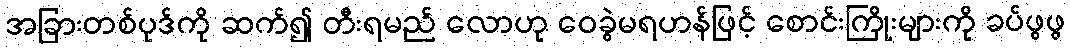
အခြားတစ်ပုဒ်ကို ဆက်၍ တီးရမည် လောဟု ဝေခွဲမရဟန်ဖြင့် စောင်းကြိုးများကို ခပ်ဖွဖွ